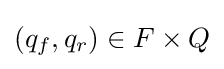
(q_{f},q_{r})\in F\times Q